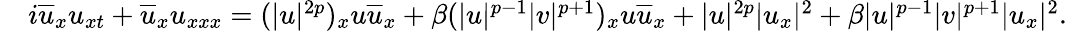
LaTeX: \begin{array}{rl}&{i\overline{{u}}_{x}u_{xt}+\overline{{u}}_{x}u_{xxx}=(|u|^{2p})_{x}u\overline{{u}}_{x}+\beta(|u|^{p-1}|v|^{p+1})_{x}u\overline{{u}}_{x}+|u|^{2p}|u_{x}|^{2}+\beta|u|^{p-1}|v|^{p+1}|u_{x}|^{2}.}\end{array}